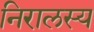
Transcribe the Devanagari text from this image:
निरालस्य